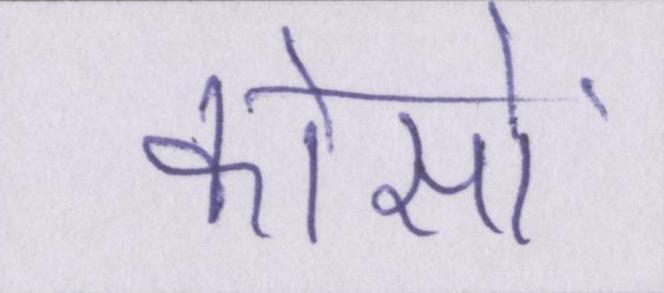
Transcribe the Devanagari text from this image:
कोसों